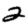
Digit: 2